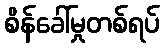
စိန်ခေါ်မှုတစ်ရပ်